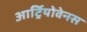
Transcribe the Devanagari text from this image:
आर्ट्रियोवेनस